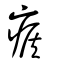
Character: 瘊